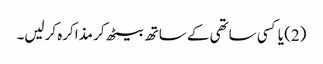
(2) یا کسی ساتھی کے ساتھ بیٹھ کر مذاکرہ کرلیں۔